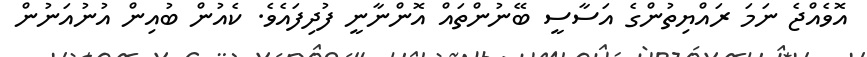
އޮވެއްޖެ ނަމަ ރައްޔިތުންގެ އަސާސީ ބޭނުންތައް އޮންނާނީ ފުދިފައެވެ. ކެއުން ބުއިން އުނުއަނުން